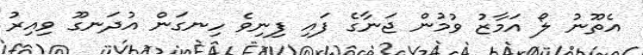
އެތޫނު ލޯ އަމާޒު ވުމުން ޖަނާގެ ފައި ފިނިވެ ހިނގަން އުދަނގޫ ވިއިރު